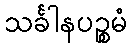
သင်္ခါနပဉ္စမံ